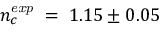
n _ { c } ^ { \mathit { e x p } } \; = \; 1 . 1 5 \pm 0 . 0 5